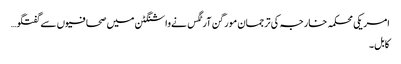
امریکی محکمہ خارجہ کی ترجمان مورگن آرٹگس نےواشنگٹن میں صحافیوں سےگفتگو…
کابل۔